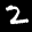
Label: 2